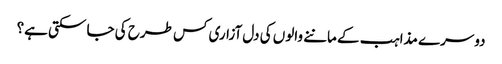
دوسرے مذاہب کے ماننے والوں کی دل آزاری کس طرح کی جا سکتی ہے؟